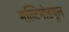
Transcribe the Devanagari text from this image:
मल्टिमोडयूल